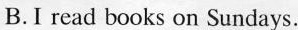
B.I read books on Sundays.